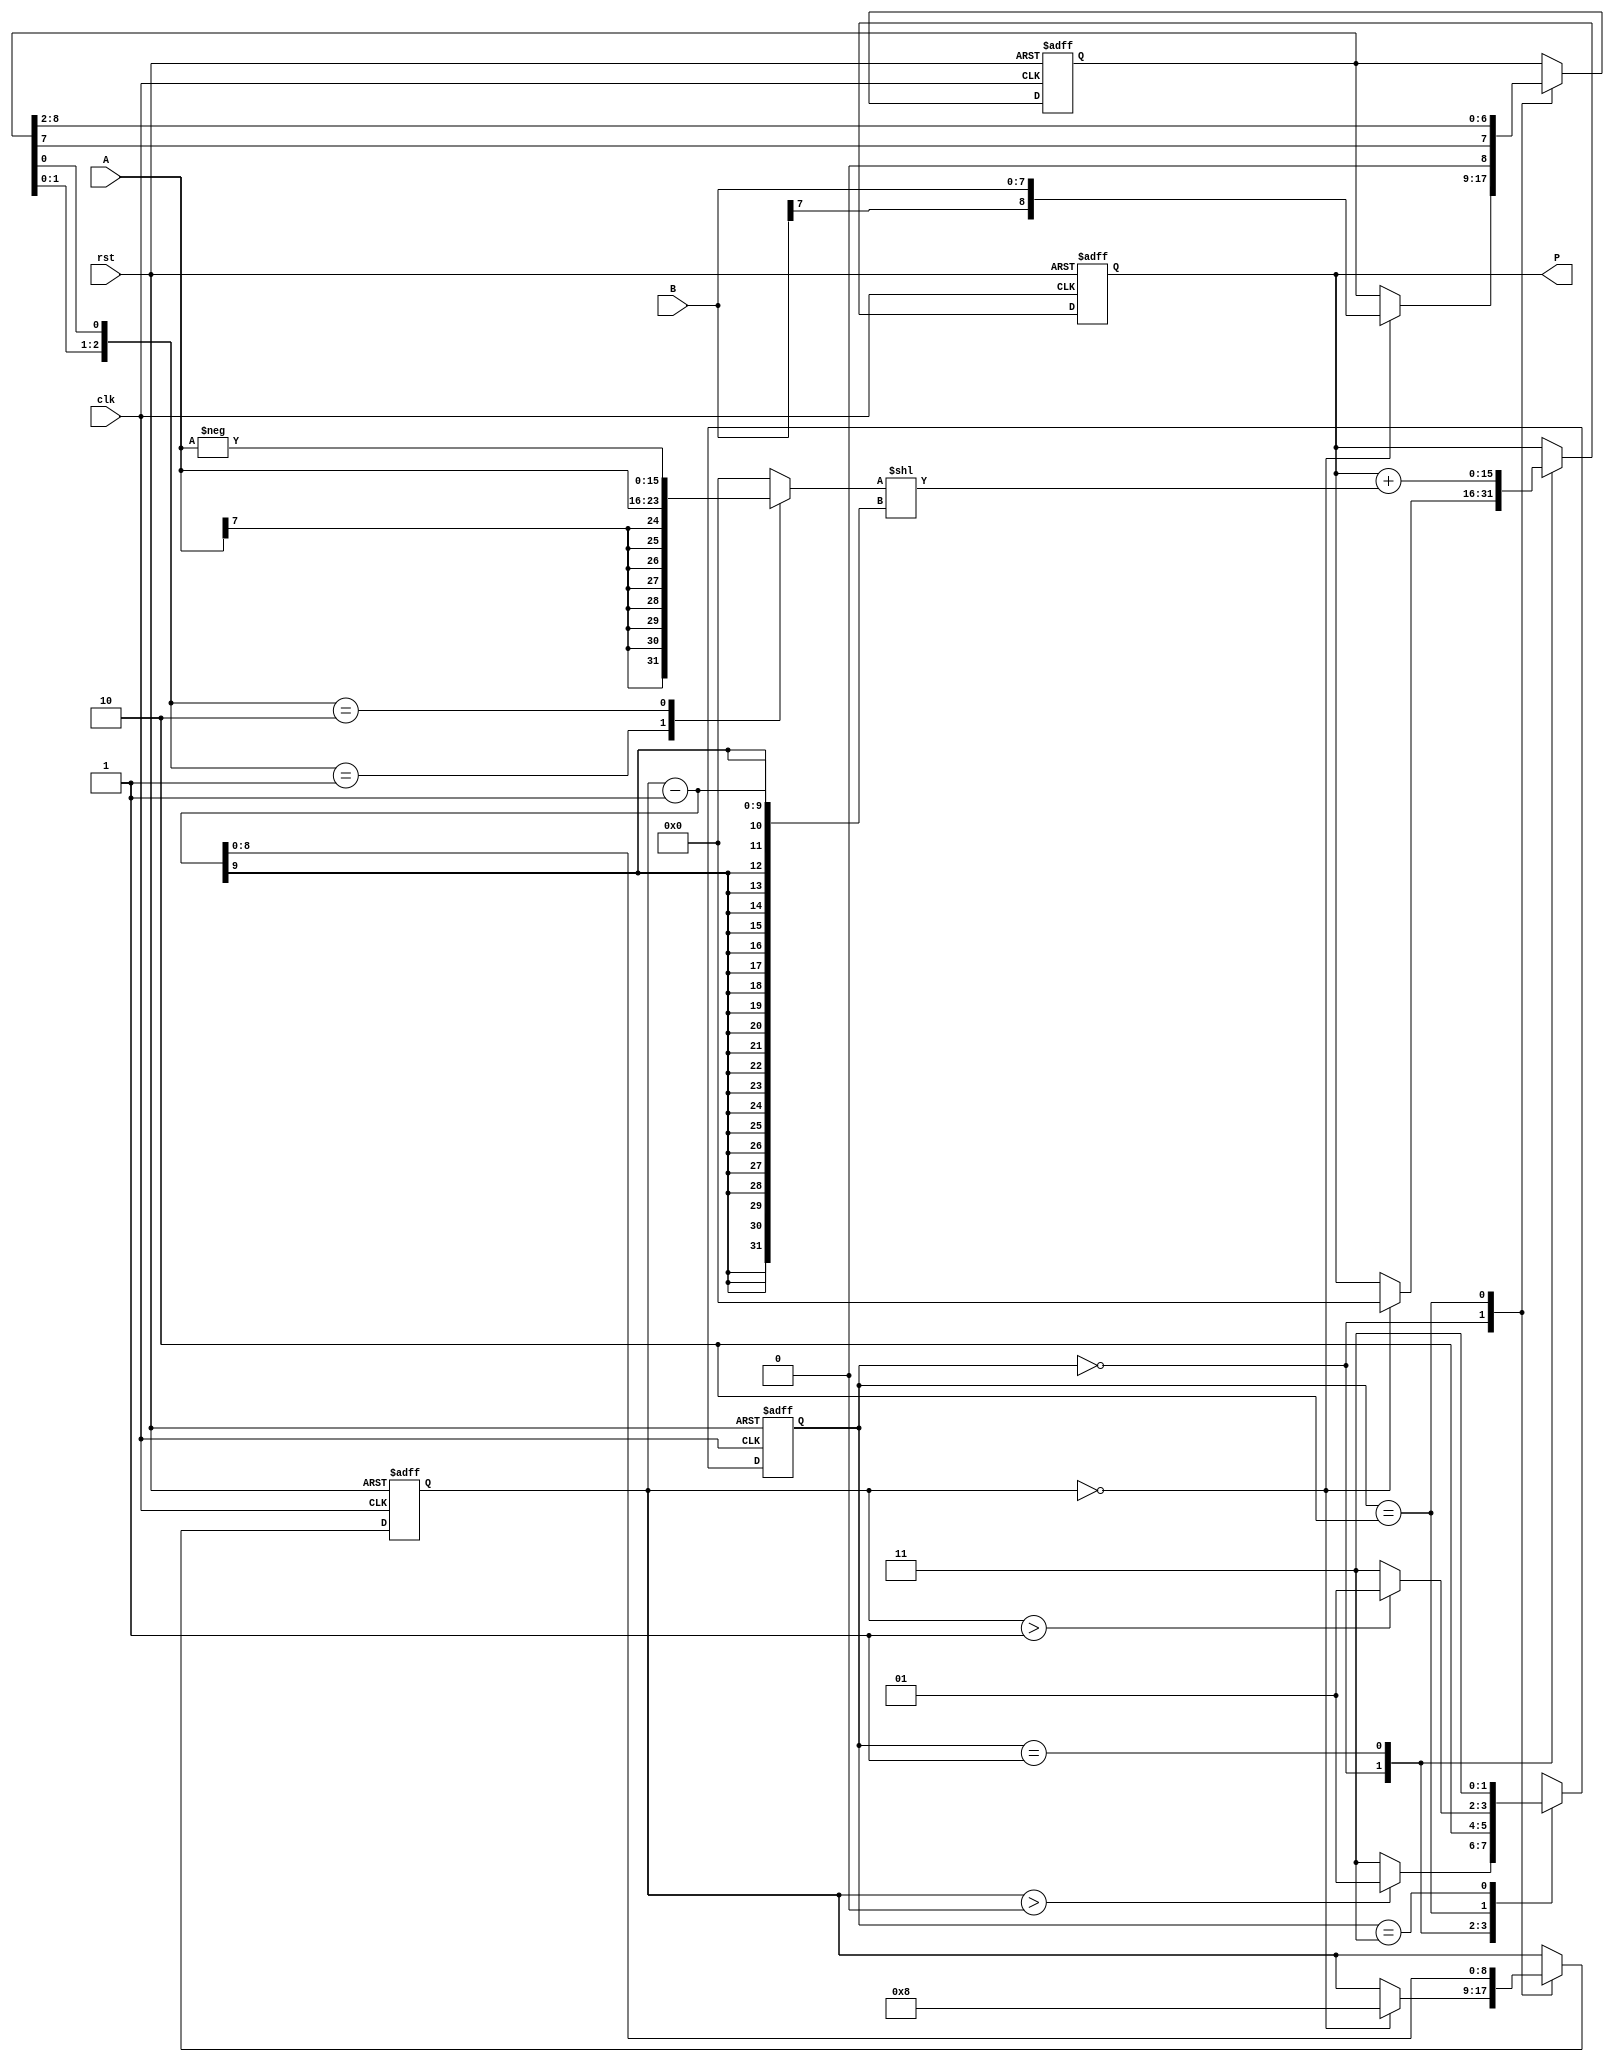
module modified_booth_multiplier #(parameter N = 8) (
    input signed [N-1:0] A,       // Multiplicand
    input signed [N-1:0] B,       // Multiplier
    input clk,                    // Clock
    input rst,                    // Reset
    output reg signed [2*N-1:0] P // Product
);

    // Internal signals
    reg signed [N:0] A_ext;       // Sign-extended multiplicand
    reg signed [N:0] B_reg;        // Register for multiplier
    reg signed [2*N-1:0] PP;       // Partial product
    reg [N:0] count;               // Counter for bits processed
    reg [1:0] current_state, next_state;
    
    // State encoding
    localparam IDLE = 2'b00,
               CALC = 2'b01,
               SHIFT = 2'b10,
               DONE = 2'b11;

    // Sign extension of multiplicand
    always @(*) begin
        A_ext = {A[N-1], A}; // Extend the sign bit
    end

    // Control logic for the Booth's encoding
    always @(*) begin
        case ({B_reg[1:0], B_reg[0]})
            3'b00: PP = 0;                     // 00: No operation
            3'b01: PP = A_ext;                 // 01: Add multiplicand
            3'b10: PP = -A_ext;                // 10: Subtract multiplicand
            3'b11: PP = 0;                     // 11: No operation
            default: PP = 0;                   // Default case
        endcase
    end

    // State machine
    always @(posedge clk or posedge rst) begin
        if (rst) begin
            current_state <= IDLE;
            P <= 0;
            count <= 0;
            B_reg <= 0;
        end else begin
            current_state <= next_state;

            case (current_state)
                IDLE: begin
                    if (count == 0) begin
                        B_reg <= B;             // Load multiplier
                        P <= 0;                 // Clear product
                        count <= N;             // Set count to N
                    end
                end

                CALC: begin
                    P <= P + (PP << (count - 1)); // Add partial product
                end

                SHIFT: begin
                    B_reg <= {B_reg[N-1], B_reg[N:2]}; // Arithmetic right shift
                    count <= count - 1; // Decrement count
                end

                DONE: begin
                    // Final state actions can be defined here
                end
            endcase
        end
    end

    // Next state logic
    always @(*) begin
        case (current_state)
            IDLE: next_state = (count > 0) ? CALC : DONE;
            CALC: next_state = SHIFT;
            SHIFT: next_state = (count > 1) ? CALC : DONE;
            DONE: next_state = DONE;
            default: next_state = IDLE;
        endcase
    end

endmodule